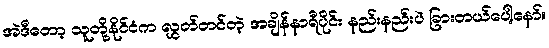
အဲဒီတော့ သူတို့နိုင်ငံက လွှတ်တင်တဲ့ အချိန်နာရီပိုင်း နည်းနည်းပဲ ခြားတယ်ပေါ့နော်။